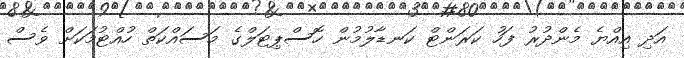
އަދި އިއްޔެ މެންދުރު ފަހު ކަރަންޓް ކަނޑާލުމުން ހޮސްޕިޓަލްގެ މަސައްކަތް ހުއްޓުމަކަށް ވެސް